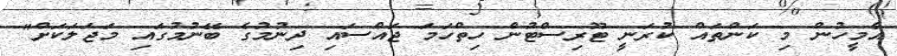
އެމީހުން މި ކަންތައް ކުރަނީ ޓޫރިސްޓުން ހިތްހަމަ ޖައްސައި ދިނުމުގެ ބޭނުމުގައި މަޖަލަކަށް"